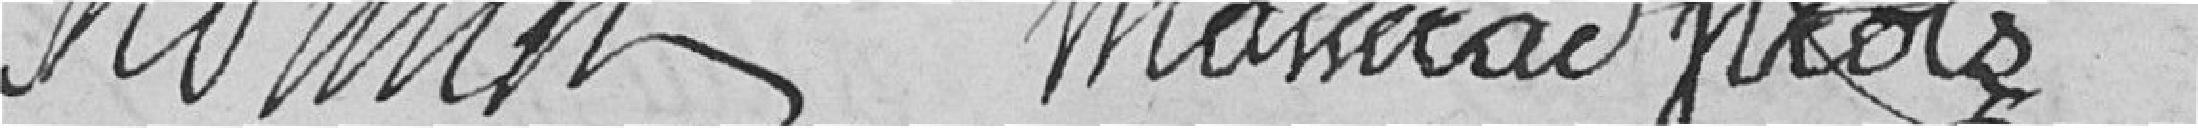
Monon Masserad freole